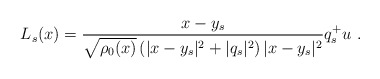
\begin{align*}L_s(x)=\frac{x-y_s}{\sqrt{\rho_0 (x)}\left( |x-y_s|^2+|q_s|^2\right) |x-y_s|^2}q^+_s u~.\end{align*}